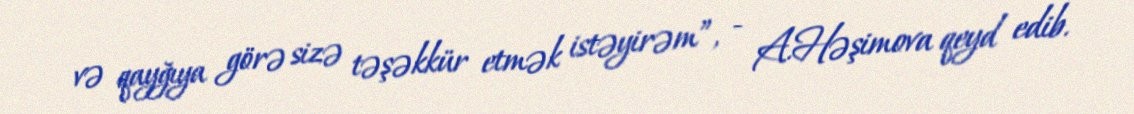
və qayğıya görə sizə təşəkkür etmək istəyirəm”, - A.Həşimova qeyd edib.